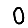
Digit: 0